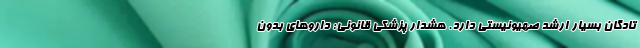
تادگان بسیار ارشد صهیونیستی دارد. هشدار پزشکی قانونی: داروهای بدون